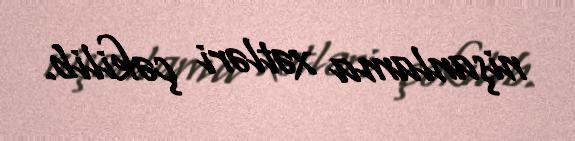
nişanlama xətləri çəkilib.